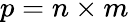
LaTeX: p=n\times m